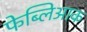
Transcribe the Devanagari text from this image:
फेब्लिआक